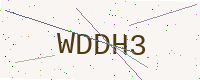
Text: WDDH3